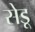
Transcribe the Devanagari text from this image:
सेडू